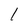
Character: l